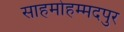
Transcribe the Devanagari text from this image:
साहमोहम्मदपुर